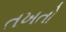
તખતો